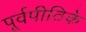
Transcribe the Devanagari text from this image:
पूर्वपीठिके